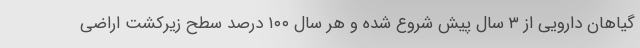
گیاهان دارویی از ۳ سال پیش شروع شده و هر سال ۱۰۰ درصد سطح زیرکشت اراضی